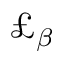
\pounds _ { \beta }